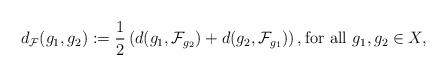
LaTeX: \begin{align*}d_{\mathcal {F}}(g_1, g_2):= \frac 1 2 \left( d(g_1, \mathcal {F}_{g_2} ) + d(g_2, \mathcal {F}_{g_1} ) \right), \mbox{for all } g_1, g_2 \in X,\end{align*}